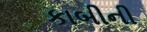
કાબીની